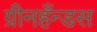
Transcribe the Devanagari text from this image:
ग्रीनहँन्डस